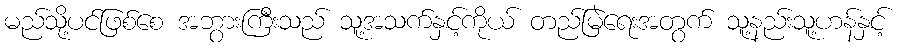
မည်သို့ပင်ဖြစ်စေ အဘွားကြီးသည် သူ့အသက်နှင့်ကိုယ် တည်မြဲရေးအတွက် သူ့နည်းသူ့ဟန်နှင့်